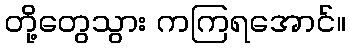
တို့တွေသွား ကကြရအောင်။